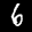
Label: 6